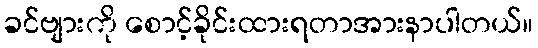
ခင်ဗျားကို စောင့်ခိုင်းထားရတာအားနာပါတယ်။